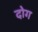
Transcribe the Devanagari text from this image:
दोग